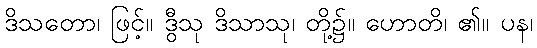
ဒိသတော၊ ဖြင့်။ ဒွီသု ဒိသာသု၊ တို့၌။ ဟောတိ၊ ၏။ ပန၊